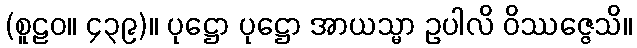
(စူဠဝ။ ၄၃၉)။ ပုဋ္ဌော ပုဋ္ဌော အာယသ္မာ ဥပါလိ ဝိဿဇ္ဇေသိ။